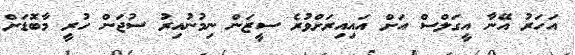
އަހަރު އޭނާ އީގަލްސް އަށް އައިއިރަށްވުރެ ސީޒަން ނިމުނުއިރު ސުޖަން ހުރީ މާބޮޑަށް